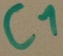
Text: C1